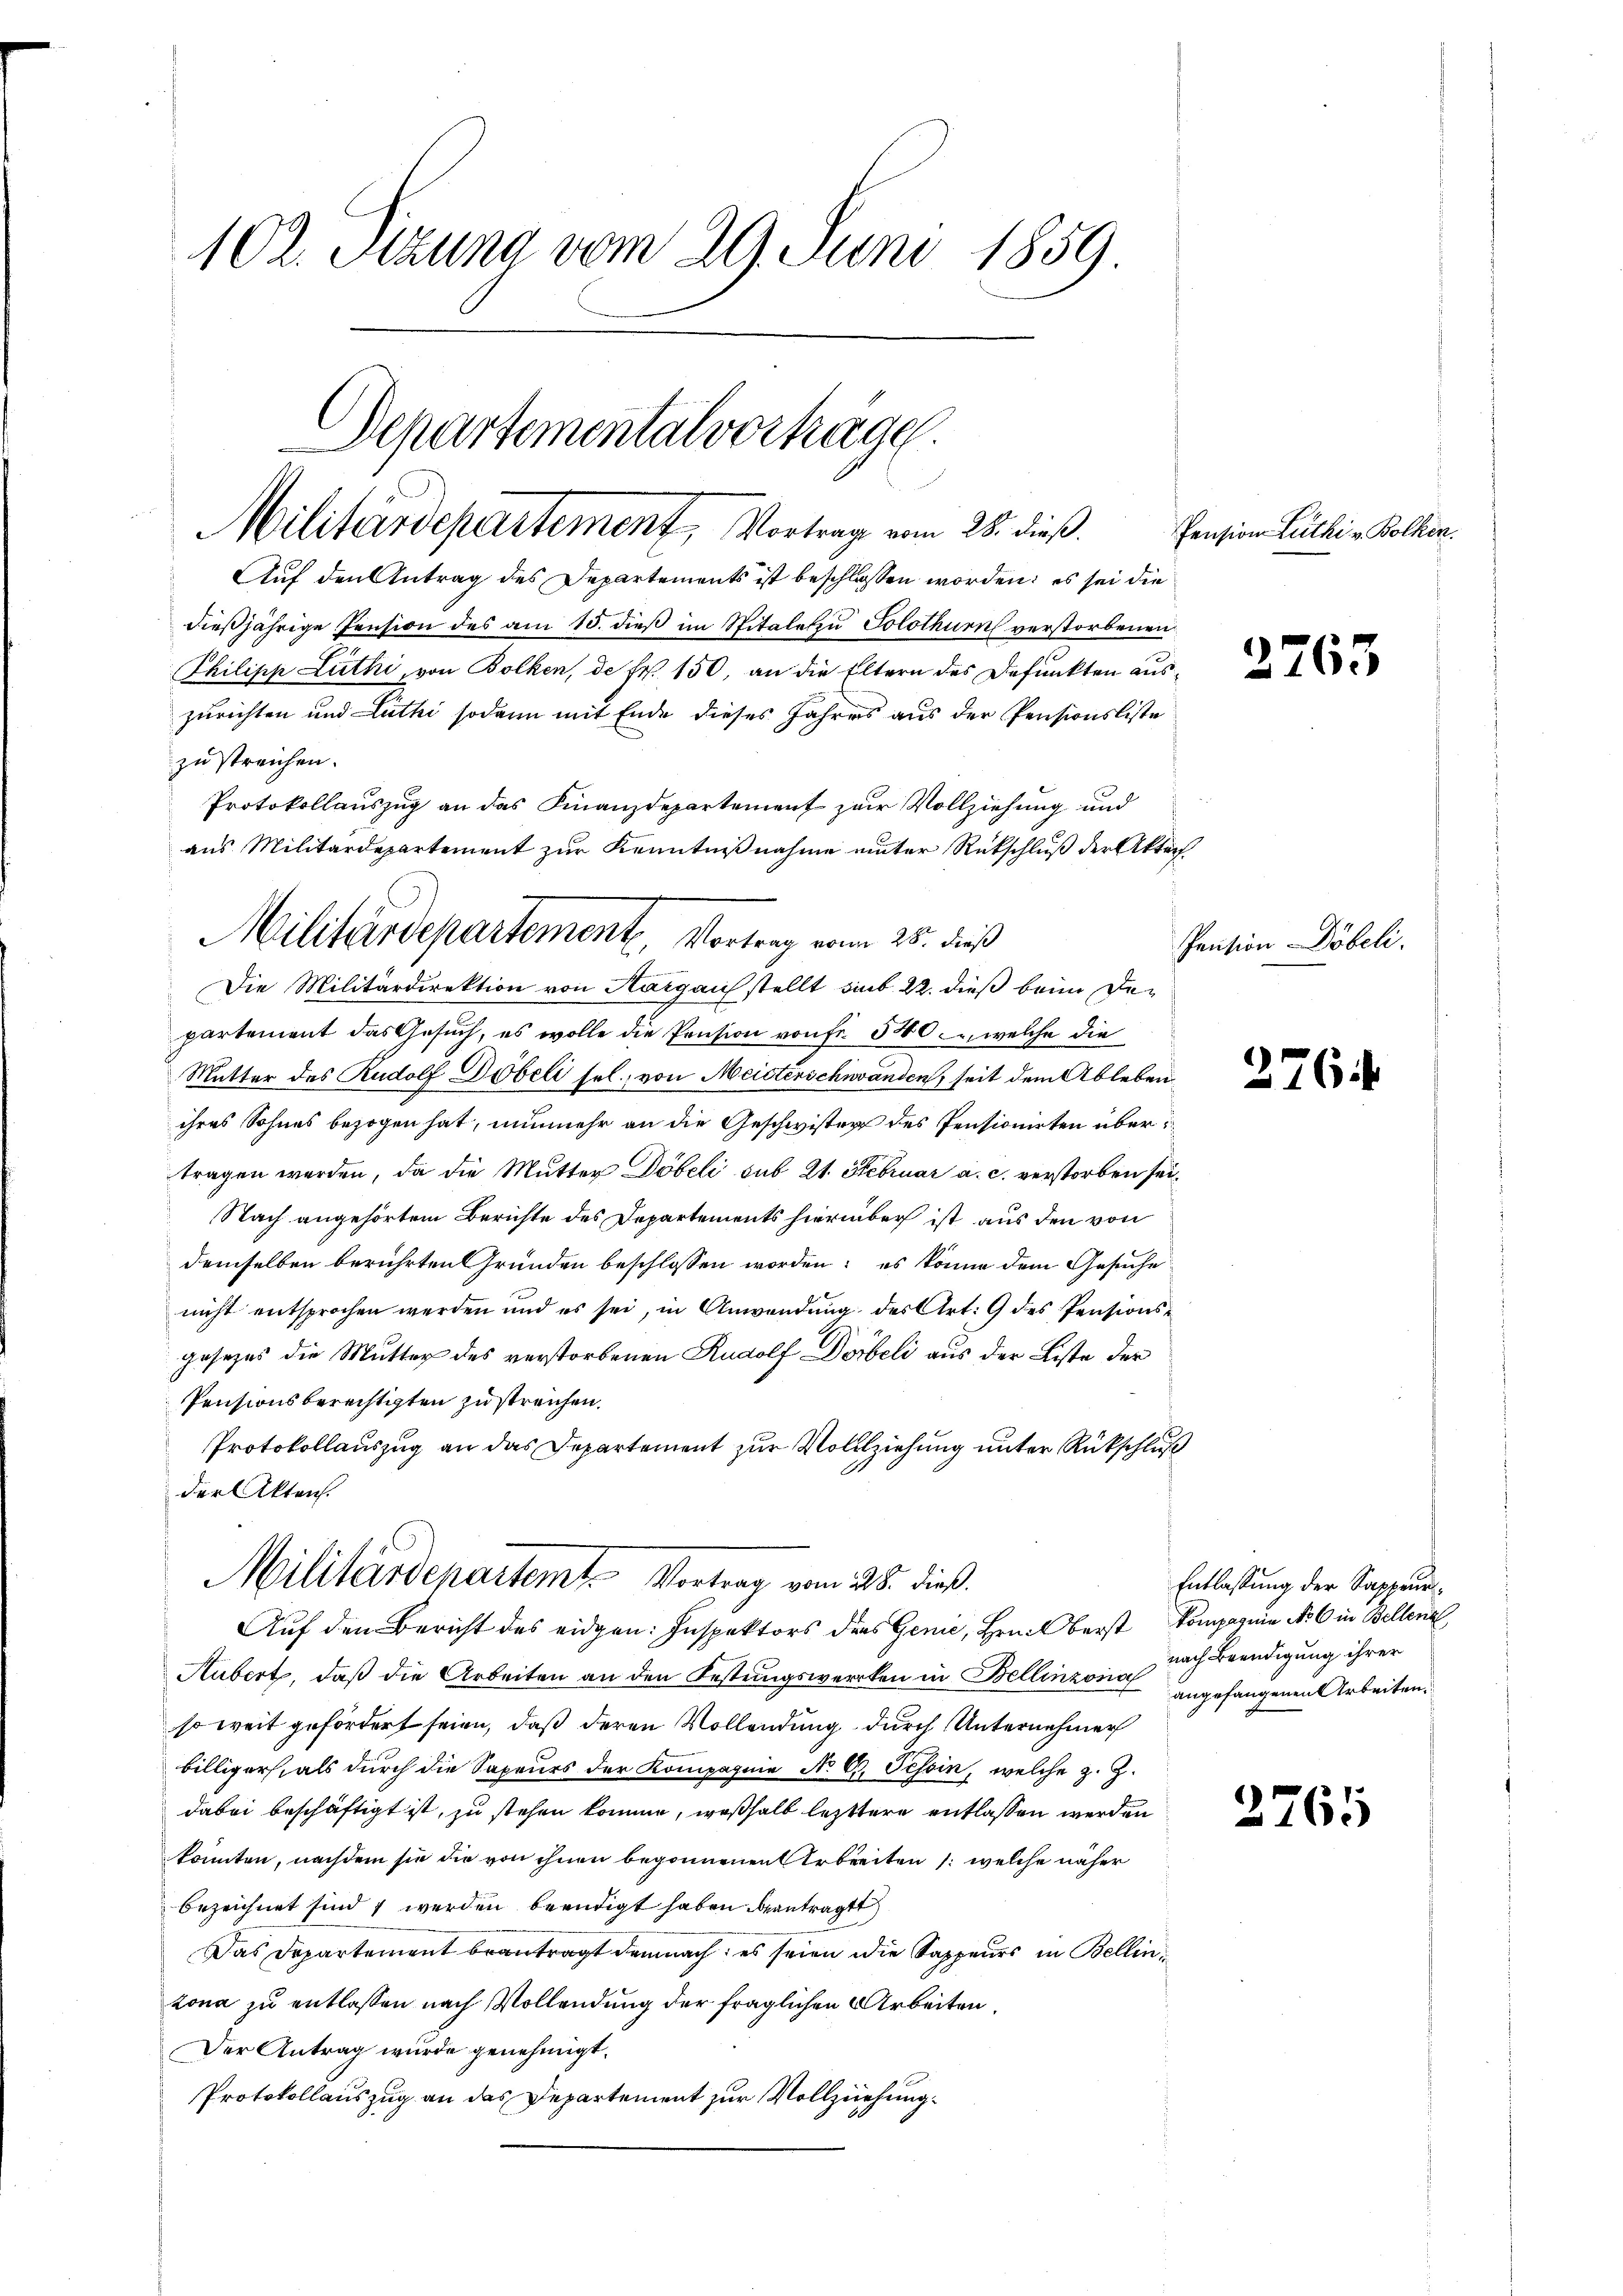
102. Sitzung vom 29. Juni 1859

Militärdepartement, Vortrag vom 28. dieß.
Auf den Antrag des Departements ist beschlossen worden; es sei die

dießjährige Pension des am 15. dieß im Spitaleten Solothurn verstorbenen
Philipp Luthi, von Bolken, de fr. 150, an die Eltern des Defunkten auszurichten und Luthi sodann mit Ende dieses Jahres aus der Pensionsliste
zu streichen.
Protokollauszug an das Finanzdepartement zur Vollziehung und
aus Militärdepartement zur Kenntnißnahme unter Rückschluß der Akten
Die Militärdirektion von Aargauch stellt sub 22. dieß beim Departement das Gesuch, es wolle die Pension von Fr. 540, welche die
Mutter des Rudolf Pöbeli sel. von Meisterschwanden, seit dem Ableben
ihres Sohnes bezogen hat, nunmehr an die Geschwister des Pensionirten übertragen werden, da die Mutter Döbeli sub 21. Februar a. c. verstorben sei,
Nach angehörtem Berichte des Departements hierüber ist aus den von
demselben berührten Gründen beschlossen worden; es könne dem Gesuche
nicht entsprochen werden und es sei, in Anwendŭng des Art. 9 des Pensions-
gesezes die Mutter des verstorbenen Rudolf Dosbeli aus der Liste der
Pensionsberechtigten zu streichen.
Protokollauszug an das Departement zur Vollziehung unter Rückschluß
der Akten.
Militärdepartemt. Vortrag vom 28. dieß.
Auf den Bericht des eidgen: Inspektors dies Genie, Hrn. Oberst kompagnie Nr. 6 in Bellenz
Aubert, daß die Arbeiten an den Festungswerken in Bellinzoin nach Beendigung ihrer
so weit gefördert seien, daß deren Vollendung durch Unternehmer
billiger, als durch die Sapeurs der Kompagnie No 6. Tessin, welche z. Z.
dabei beschäftigt ist, zu stehen kommen, weßhalb letztere entlassen werden
konnten, nachdem sie die von ihnen begonnenen Arbeiten /: welche näher
bezeichnet sindt werden beendigt haben beantragt
Das Departement beantragt demnach, es seien die Sappeurs in Bellinzona zu entlassen nach Vollendung der fraglichen Arbeiten,
Der Antrag wurde genehmigt.
Protokollauszug an das Departement zur Vollziehung.

Departementalverhäge

Militärdepartement, Vortrag vom 25. dieß

Pension Luthi v. Bolken.

2763

Pension Döbeli

2764

Entlassung der Sappeurangefangenen Arbeiten.

2765